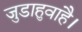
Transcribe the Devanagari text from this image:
जुडाहुवाहै।